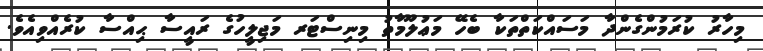
މިހާރު ކުރަމުންގެންދާ މަސައްކަތްތަކާ ބެހޭ މަޢުލޫމާތު މިނިސްޓަރ މަޖިލީހުގެ ރައީސާ ޙިއްސާ ކުރެއްވިއެވެ.